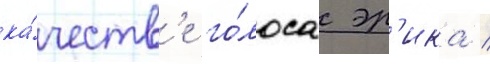
ка́честв'е го́лоса эр'ика /